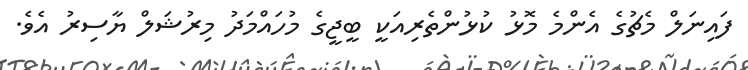
ފައިނަލް މެޗުގެ އެންމެ މޮޅު ކުޅުންތެރިއަކީ ބީޖީގެ މުހައްމަދު މިރުޝަލް ޔާސިރު އެވެ.